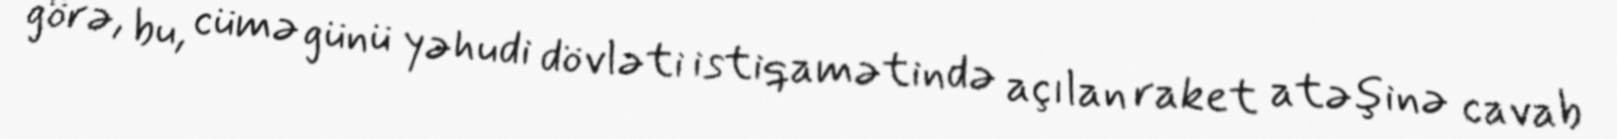
görə, bu, cümə günü yəhudi dövləti istiqamətində açılan raket atəşinə cavab